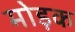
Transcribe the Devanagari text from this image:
मोड़क